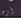
أوه